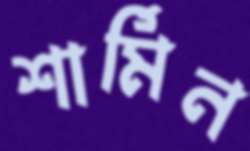
শার্মিন